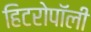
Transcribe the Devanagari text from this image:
हिटरोपॉली